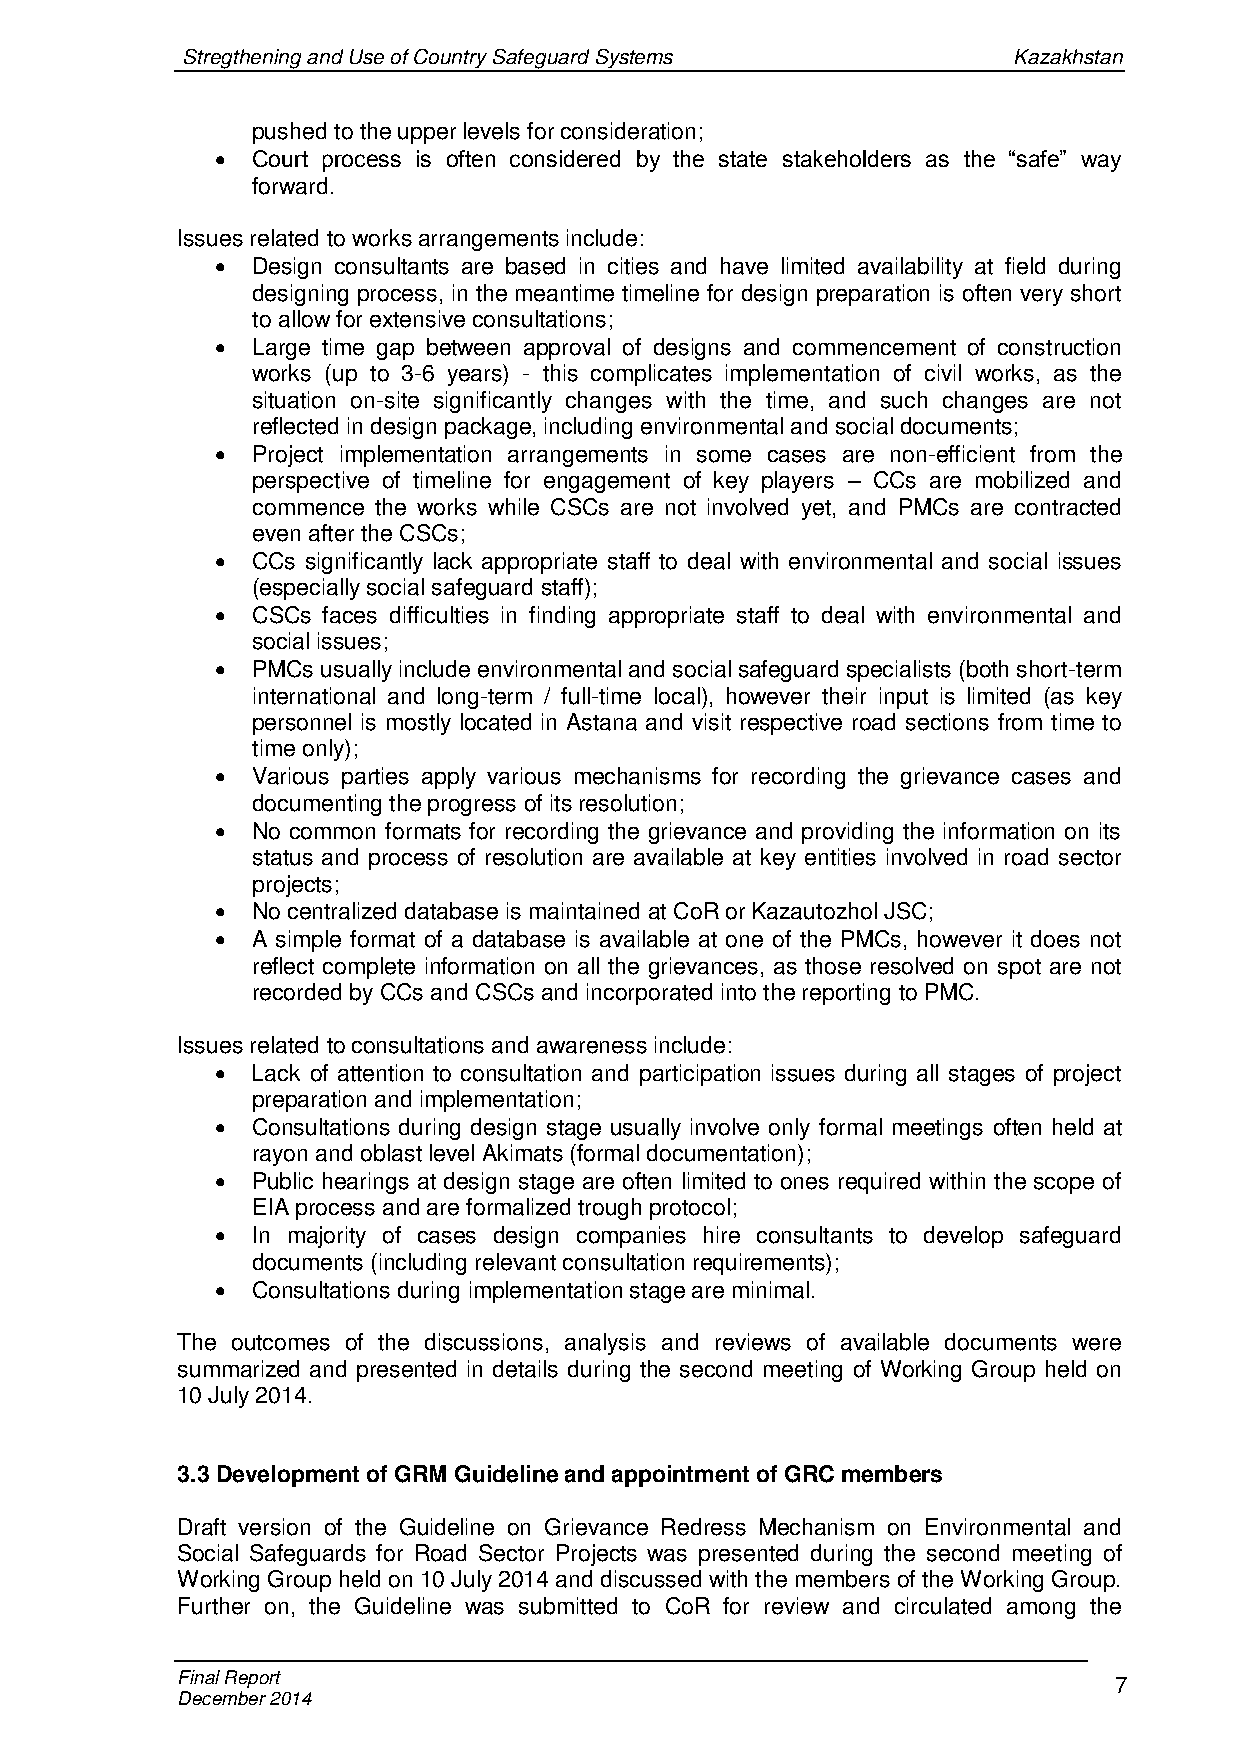
Stregthening and Use of Country Safeguard Systems      Kazakhstan
 pushed to the upper levels for consideration;
   Court process is often considered by the state stakeholders as the “safe” way
 forward.
 Issues related to works arrangements include:
   Design consultants are based in cities and have limited availability at field during
 designing process, in the meantime timeline for design preparation is often very short
 to allow for extensive consultations;
   Large time gap between approval of designs and commencement of construction
 works (up to 3-6 years) - this complicates implementation of civil works, as the
 situation on-site significantly changes with the time, and such changes are not
 reflected in design package, including environmental and social documents;
   Project implementation arrangements in some cases are non-efficient from the
 perspective of timeline for engagement of key players – CCs are mobilized and
 commence the works while CSCs are not involved yet, and PMCs are contracted
 even after the CSCs;
   CCs significantly lack appropriate staff to deal with environmental and social issues
 (especially social safeguard staff);
   CSCs faces difficulties in finding appropriate staff to deal with environmental and
 social issues;
   PMCs usually include environmental and social safeguard specialists (both short-term
 international and long-term / full-time local), however their input is limited (as key
 personnel is mostly located in Astana and visit respective road sections from time to
 time only);
   Various parties apply various mechanisms for recording the grievance cases and
 documenting the progress of its resolution;
   No common formats for recording the grievance and providing the information on its
 status and process of resolution are available at key entities involved in road sector
 projects;
   No centralized database is maintained at CoR or Kazautozhol JSC;
   A simple format of a database is available at one of the PMCs, however it does not
 reflect complete information on all the grievances, as those resolved on spot are not
 recorded by CCs and CSCs and incorporated into the reporting to PMC.
 Issues related to consultations and awareness include:
   Lack of attention to consultation and participation issues during all stages of project
 preparation and implementation;
   Consultations during design stage usually involve only formal meetings often held at
 rayon and oblast level Akimats (formal documentation);
   Public hearings at design stage are often limited to ones required within the scope of
 EIA process and are formalized trough protocol;
   In majority of cases design companies hire consultants to develop safeguard
 documents (including relevant consultation requirements);
   Consultations during implementation stage are minimal.
 The outcomes of the discussions, analysis and reviews of available documents were
 summarized and presented in details during the second meeting of Working Group held on
 10 July 2014.
 3.3 Development of GRM Guideline and appointment of GRC members
 Draft version of the Guideline on Grievance Redress Mechanism on Environmental and
 Social Safeguards for Road Sector Projects was presented during the second meeting of
 Working Group held on 10 July 2014 and discussed with the members of the Working Group.
 Further on, the Guideline was submitted to CoR for review and circulated among the
 Final Report                                                  7
 December 2014